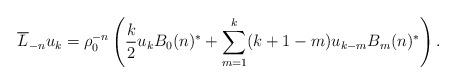
LaTeX: \begin{gather*}\overline{L}_{-n}u_k=\rho_0^{-n}\left(\frac{k}{2}u_kB_0(n)^*+ \sum\limits_{m=1}^{k}(k+1-m)u_{k-m}B_{m}(n)^*\right).\end{gather*}